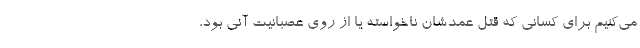
می‌کنیم برای کسانی که قتل عمدشان ناخواسته یا از روی عصبانیت آنی بود،